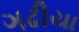
ગઢીયા